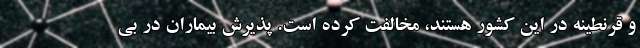
و قرنطینه در این کشور هستند، مخالفت کرده است. پذیرش بیماران در بی